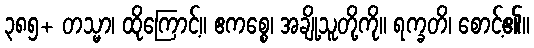
၃၈၅+ တသ္မာ၊ ထိုကြောင့်။ ဧကစ္စေ၊ အချို့သူတို့ကို။ ရက္ခတိ၊ စောင့်၏။